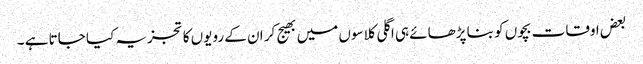
بعض اوقات بچوں کو بنا پڑھائے ہی اگلی کلاسوں میں بھیج کر ان کے رویوں کا تجزیہ کیا جاتا ہے ۔